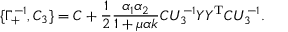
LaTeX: \{ \Gamma _ { + } ^ { - 1 } , C _ { 3 } \} = C + \frac { 1 } { 2 } \frac { \alpha _ { 1 } \alpha _ { 2 } } { 1 + \mu \alpha k } C U _ { 3 } ^ { - 1 } Y Y ^ { \mathrm { T } } C U _ { 3 } ^ { - 1 } .